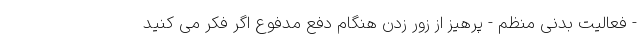
- فعالیت بدنی منظم - پرهیز از زور زدن هنگام دفع مدفوع اگر فکر می کنید